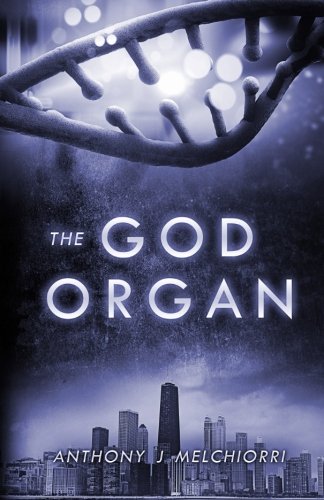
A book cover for The God Organ; Anthony J Melchiorri; Mystery, Thriller & Suspense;